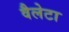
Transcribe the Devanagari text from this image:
वैलेटा